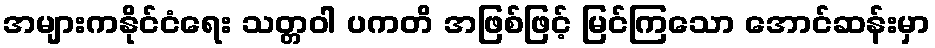
အများကနိုင်ငံရေး သတ္တဝါ ပကတိ အဖြစ်ဖြင့် မြင်ကြသော အောင်ဆန်းမှာ